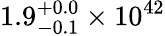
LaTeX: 1.9_{-0.1}^{+0.0}\times 10^{42}